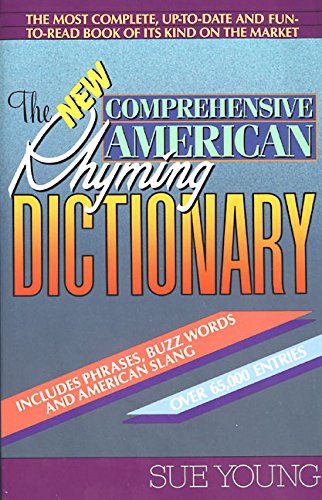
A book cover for The New Comprehensive American Rhyming Dictionary; Sue Young; Reference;